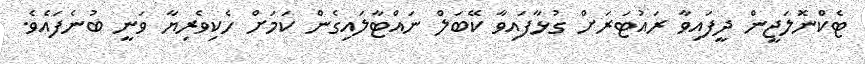
ޓެކްނޮލަޖީން ދީފައިވާ ރައުޓަރަށް ގުޅާފައިވާ ކޭބަލް ނައްޓާލައިގެން ކަމަށް ހެކިވެރިޔާ ވަނީ ބުނެފައެވެ.